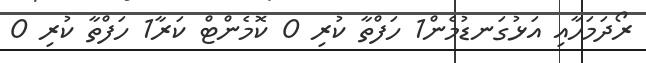
ރޯދަމަހާއި އަޅުގަނޑުމެން1 ހަފްތާ ކުރި 0 ކޮމެންޓް ކަރާ1 ހަފްތާ ކުރި 0